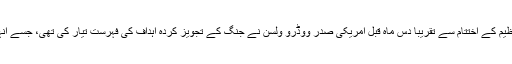
جنوری 1918 میں پہلی جنگ عظیم کے اختتام سے تقریبا دس ماہ قبل امریکی صدر ووڈرو ولسن نے جنگ کے تجویز کردہ اہداف کی فہرست تیار کی تھی، جسے انہوں نے "چودہ نقاط" کا نام دیا تھا۔